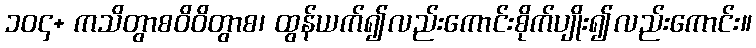
၁၀၄+ ကသိတွာစဝိဝိတွာစ၊ ထွန်ယက်၍လည်းကောင်းစိုက်ပျိုး၍လည်းကောင်း။